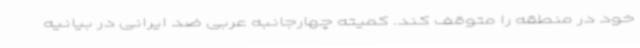
خود در منطقه را متوقف کند. کمیته چهارجانبه عربی ضد ایرانی در بیانیه‌